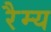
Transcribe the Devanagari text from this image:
रैम्य